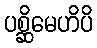
ပစ္ဆိမေဟိပိ